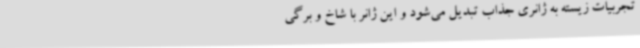
تجربیات زیسته به ژانری جذاب تبدیل می‌شود و این ژانر با شاخ و برگی